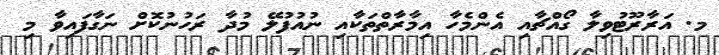
މ. އަރާރޫޓުވިލާ ގޯއްޗާއި އެންމެހާ އިމާރާތްތަކާއި ނުއުފުލޭ މުދާ ރަހުނުކޮށް ނަގާފައިވާ މި